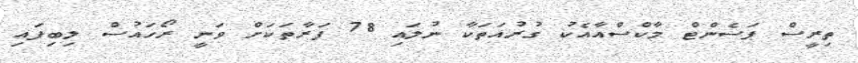
ތިރީސް ޕަސެންޓް މާކްސްއާއެކު ގުރުއަތަކާ ނުލައި 78 ފަރާތަކަށް ވަނީ ރޯހައުސް ލިބިފައި